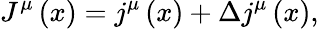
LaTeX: J^{\mu}\left(x\right)=j^{\mu}\left(x\right)+\Delta j^{\mu}\left(x\right),